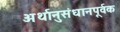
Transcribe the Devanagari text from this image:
अर्थानुसंधानपूर्वक